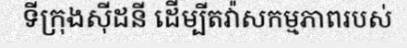
ទីក្រុងស៊ីដនី ដើម្បីតវ៉ាសកម្មភាពរបស់